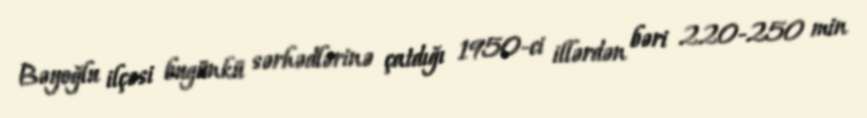
Bəyoğlu ilçəsi bugünkü sərhədlərinə çatdığı 1950-ci illərdən bəri 220-250 min